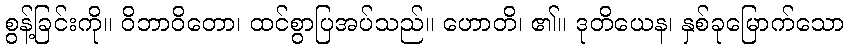
စွန့်ခြင်းကို။ ဝိဘာဝိတော၊ ထင်စွာပြအပ်သည်။ ဟောတိ၊ ၏။ ဒုတိယေန၊ နှစ်ခုမြောက်သော